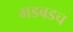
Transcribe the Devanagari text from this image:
गडबडच